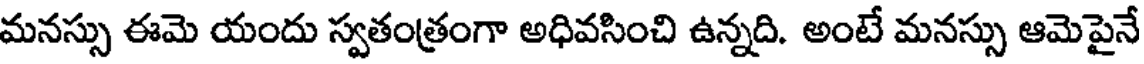
మనస్సు ఈమె యందు స్వతంత్రంగా అధివసించి ఉన్నది. అంటే మనస్సు ఆమెపైనే